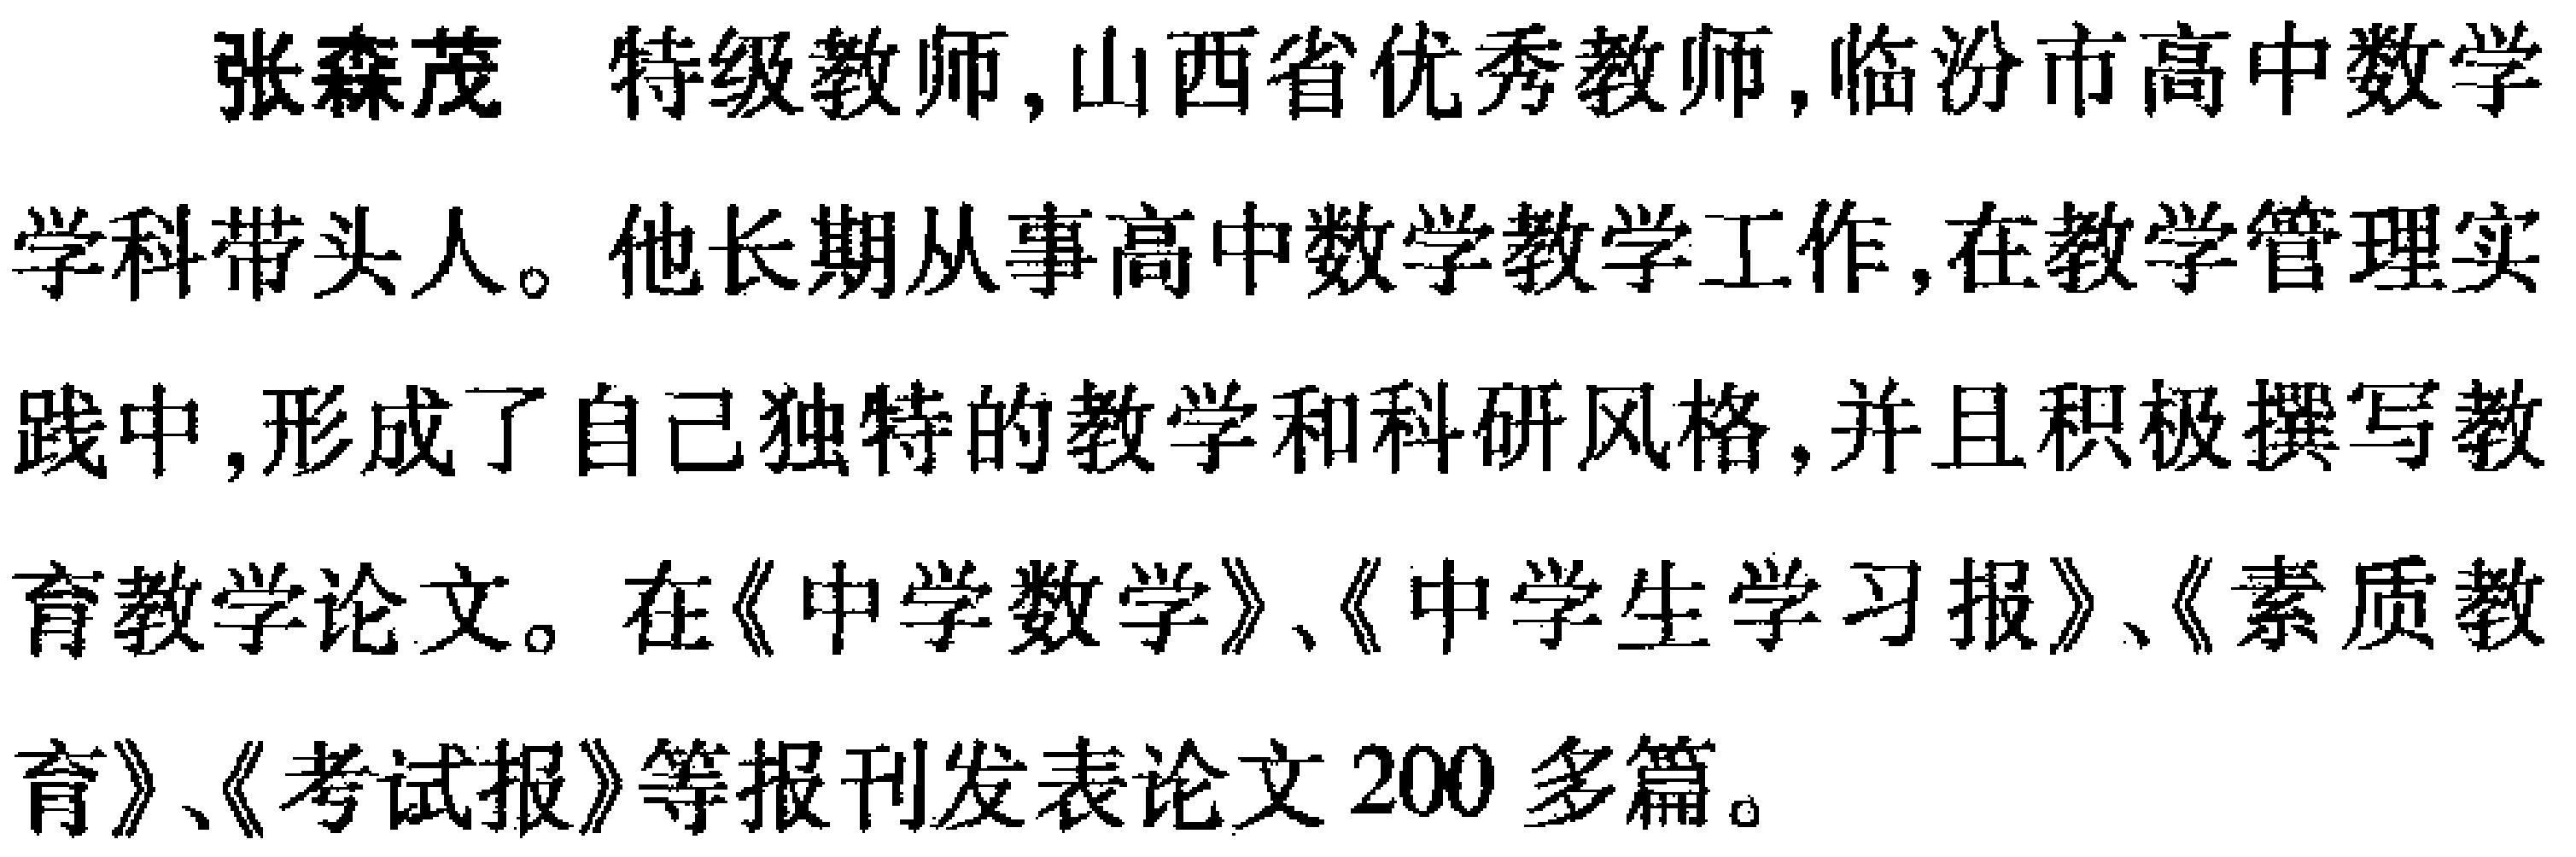
张森茂 特级教师,山西省优秀教师,临汾市高中数学

学科带头人。他长期从事高中数学教学工作,在教学管理实

践中,形成了自己独特的教学和科研风格,并且积极撰写教

育教学论文。在《中学数学》、《中学生学习报》、《素质教

育》、《考试报》等报刊发表论文200多篇。